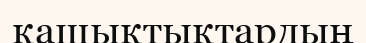
қашықтықтардың